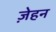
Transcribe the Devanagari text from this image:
ज़ेहन